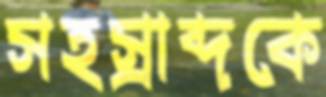
সহস্রাব্দকে